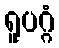
ရူပဂ္ဂံ